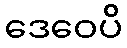
ဒေဝေပိ